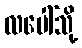
လပေါ်သို့